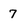
Character: 7